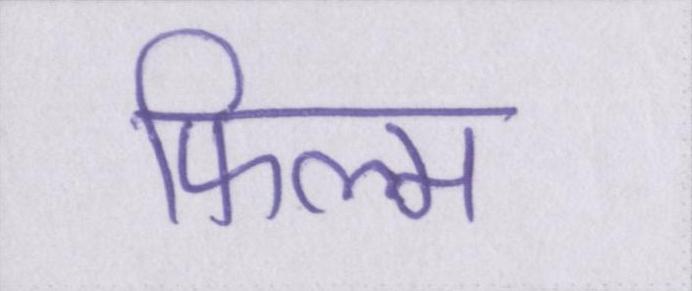
फिल्म